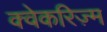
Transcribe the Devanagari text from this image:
क्वेकरिज़्म